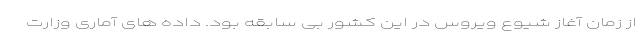
از زمان آغاز شیوع ویروس در این کشور بی سابقه بود. داده های آماری وزارت